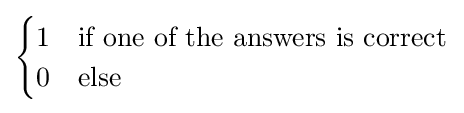
{\begin{cases}1&{\text{if one of the answers is correct}}\\0&{\text{else}}\end{cases}}